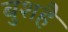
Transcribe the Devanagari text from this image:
बुशहै